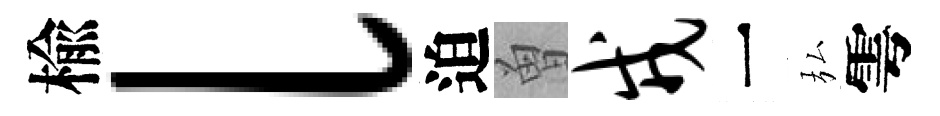
楡l迫曽戎一弘雩